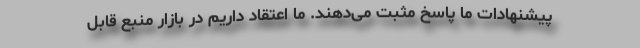
پیشنهادات ما پاسخ مثبت می‌دهند. ما اعتقاد داریم در بازار منبع قابل